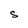
Character: S